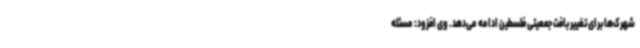
شهرک‌ها برای تغییر بافت جمعیتی فلسطین ادامه می‌دهد. وی افزود: مسئله